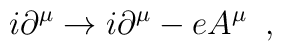
i\partial^{\mu} \rightarrow i\partial^{\mu} -eA^{\mu} \; \; ,